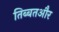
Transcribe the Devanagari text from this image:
तिब्बतऔर